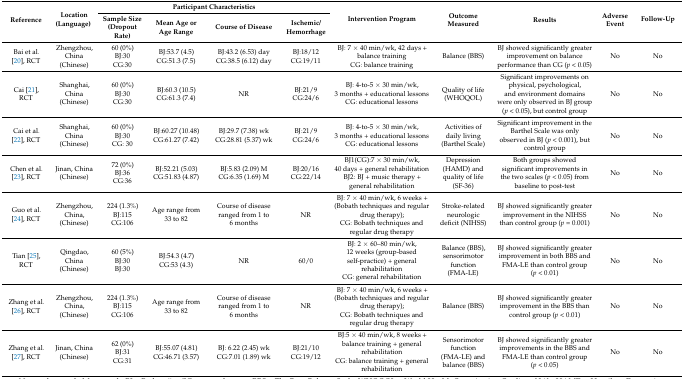
<table><thead><tr><td rowspan="2"><b>Reference</b></td><td rowspan="2"><b>Location (Language) </b></td><td colspan="4"><b>Participant Characteristics</b></td><td rowspan="2"><b>Intervention Program</b></td><td rowspan="2"><b>Outcome Measured</b></td><td rowspan="2"><b>Results</b></td><td rowspan="2"><b>Adverse Event</b></td><td rowspan="2"><b>Follow-Up</b></td></tr><tr><td><b>Sample Size (Dropout Rate)</b></td><td><b>Mean Age or Age Range</b></td><td><b>Course of Disease</b></td><td><b>Ischemic/Hemorrhage</b></td></tr></thead><tbody><tr><td>Bai et al. [20], RCT</td><td>Zhengzhou, China (Chinese)</td><td>60 (0%) BJ:30CG:30</td><td>BJ:53.7 (4.5)CG:51.3 (7.5)</td><td>BJ:43.2 (6.53) dayCG:38.5 (6.12) day</td><td>BJ:18/12CG:19/11</td><td>BJ: 7 × 40 min/wk, 42 days + balance training CG: balance training </td><td>Balance (BBS)</td><td>BJ showed significantly greater improvement on balance performance than CG (<i>p</i> &lt; 0.05)</td><td>No</td><td>No</td></tr><tr><td>Cai [21], RCT</td><td>Shanghai, China (Chinese)</td><td>60 (0%) BJ:30CG:30</td><td>BJ:60.3 (10.5)CG:61.3 (7.4)</td><td>NR</td><td>BJ:21/9 CG:24/6</td><td>BJ: 4-to-5 × 30 min/wk, 3 months + educational lessons CG: educational lessons </td><td>Quality of life (WHOQOL)</td><td>Significant improvements on physical, psychological, and environment domains were only observed in BJ group (<i>p</i> &lt; 0.05), but control group </td><td>No</td><td>No</td></tr><tr><td>Cai et al. [22], RCT</td><td>Shanghai, China (Chinese)</td><td>60 (0%) BJ:30CG: 30</td><td>BJ:60.27 (10.48)CG:61.27 (7.42)</td><td>BJ:29.7 (7.38) wkCG:28.81 (5.37) wk</td><td>BJ:21/9 CG:24/6</td><td>BJ: 4-to-5 × 30 min/wk, 3 months + educational lessons CG: educational lessons</td><td>Activities of daily living (Barthel Scale)</td><td>Significant improvement in the Barthel Scale was only observed in BJ (<i>p</i> &lt; 0.001), but control group </td><td>No</td><td>No</td></tr><tr><td>Chen et al. [23], RCT</td><td>Jinan, China (Chinese)</td><td>72 (0%) BJ:36CG:36</td><td>BJ:52.21 (5.03)CG:51.83 (4.87)</td><td>BJ:5.83 (2.09) M CG:6.35 (1.69) M</td><td>BJ:20/16CG:22/14</td><td>BJ1(CG):7 × 30 min/wk, 40 days + general rehabilitation BJ2: BJ + music therapy + general rehabilitation</td><td>Depression (HAMD) and quality of life (SF-36)</td><td>Both groups showed significant improvements in the two scales (<i>p</i> &lt; 0.05) from baseline to post-test </td><td>No</td><td>No</td></tr><tr><td>Guo et al. [24], RCT</td><td>Zhengzhou, China, (Chinese)</td><td>224 (1.3%) BJ:115 CG:106</td><td>Age range from 33 to 82</td><td>Course of disease ranged from 1 to 6 months</td><td>NR</td><td>BJ: 7 × 40 min/wk, 6 weeks + (Bobath techniques and regular drug therapy); CG: Bobath techniques and regular drug therapy</td><td>Stroke-related neurologic deficit (NIHSS)</td><td>BJ showed significantly greater improvement in the NIHSS than control group (<i>p</i> = 0.001)</td><td>No</td><td>No</td></tr><tr><td>Tian [25], RCT </td><td>Qingdao, China (Chinese)</td><td>60 (5%) BJ:30 BJ:30</td><td>BJ:54.3 (4.7)CG:53 (4.3)</td><td>NR</td><td>60/0</td><td>BJ: 2 × 60–80 min/wk, 12 weeks (group-based self-practice) + general rehabilitation CG: general rehabilitation</td><td>Balance (BBS), sensorimotor function (FMA-LE) </td><td>BJ showed significantly greater improvement in both BBS and FMA-LE than control group (<i>p</i> &lt; 0.01)</td><td>No</td><td>No</td></tr><tr><td>Zhang et al. [26], RCT</td><td>Zhengzhou, China, (Chinese)</td><td>224 (1.3%) BJ:115CG:106</td><td>Age range from 33 to 82</td><td>Course of disease ranged from 1 to 6 months</td><td>NR</td><td>BJ: 7 × 40 min/wk, 6 weeks + (Bobath techniques and regular drug therapy); CG: Bobath techniques and regular drug therapy</td><td>Balance (BBS)</td><td>BJ showed significantly greater improvement in the BBS than control group (<i>p</i> &lt; 0.01)</td><td>No</td><td>No</td></tr><tr><td>Zhang et al. [27], RCT</td><td>Jinan, China (Chinese)</td><td>62 (0%)BJ:31CG:31</td><td>BJ:55.07 (4.81) CG:46.71 (3.57)</td><td>BJ: 6.22 (2.45) wkCG:7.01 (1.89) wk</td><td>BJ:21/10 CG:19/12</td><td>BJ:5 × 40 min/wk, 8 weeks + balance training + general rehabilitation CG: balance training + general rehabilitation</td><td>Sensorimotor function (FMA-LE) and balance (BBS)</td><td>BJ showed significantly greater improvements in the BBS and FMA-LE than control group (<i>p</i> &lt; 0.05)</td><td>No</td><td>No</td></tr></tbody></table>